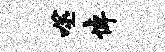
噬悼